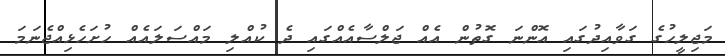
މަޖިލީހުގެ ގަވާއިދުގައި އޮންނަ ގޮތުން އެއް ޖަލްސާއެއްގައި ދެ ކުއްލި މައްސަލައެއް ހުށަހެޅިއްޖެނަމަ